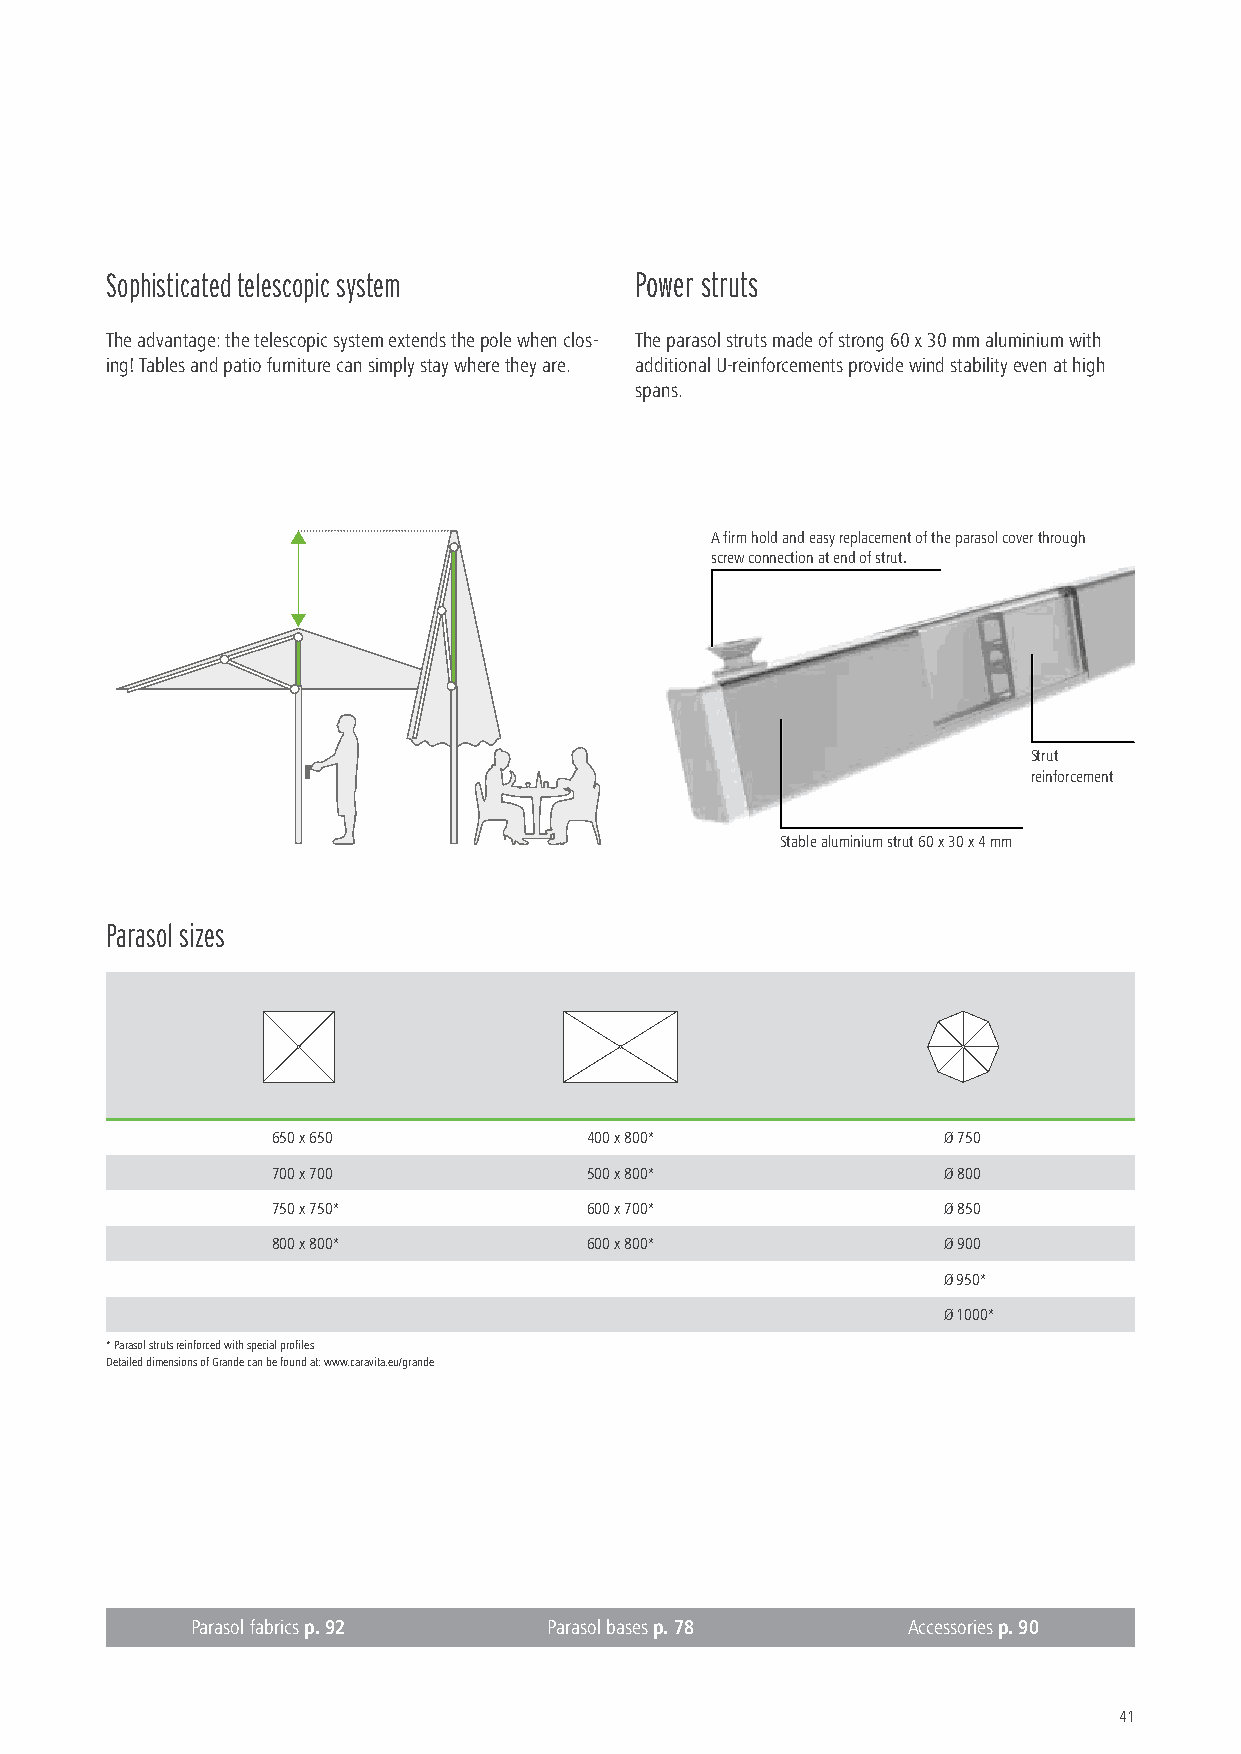
Sophisticated telescopic system    Power struts
 The advantage: the telescopic system extends the pole when clos- The parasol struts made of strong 60 x 30 mm aluminium with
 ing! Tables and patio furniture can simply stay where they are. additional U-reinforcements provide wind stability even at high
 spans.
 A firm hold and easy replacement of the parasol cover through
 screw connection at end of strut.
 Strut
 reinforcement
 Stable aluminium strut 60 x 30 x 4 mm
 Parasol sizes
 650 x 650            400 x 800*             Ø 750
 700 x 700            500 x 800*             Ø 800
 750 x 750*           600 x 700*             Ø 850
 800 x 800*           600 x 800*             Ø 900
 Ø 950*
 Ø 1000*
 * Parasol struts reinforced with special profiles
 Detailed dimensions of Grande can be found at: www.caravita.eu/grande
 Parasol fabrics p. 92  Parasol bases p. 78     Accessories p. 90
 41